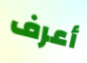
أعرف